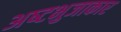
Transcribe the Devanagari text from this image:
अष्‍टभुजाकार